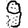
Digit: 9